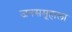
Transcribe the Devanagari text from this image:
जनसमूहाला